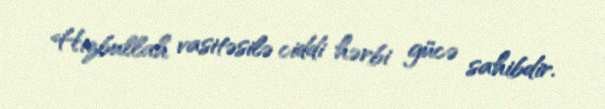
Hizbullah vasitəsilə ciddi hərbi gücə sahibdir.